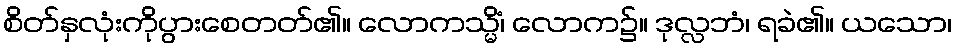
စိတ်နှလုံးကိုပွားစေတတ်၏။ လောကသ္မိံ၊ လောက၌။ ဒုလ္လဘံ၊ ရခဲ၏။ ယသော၊